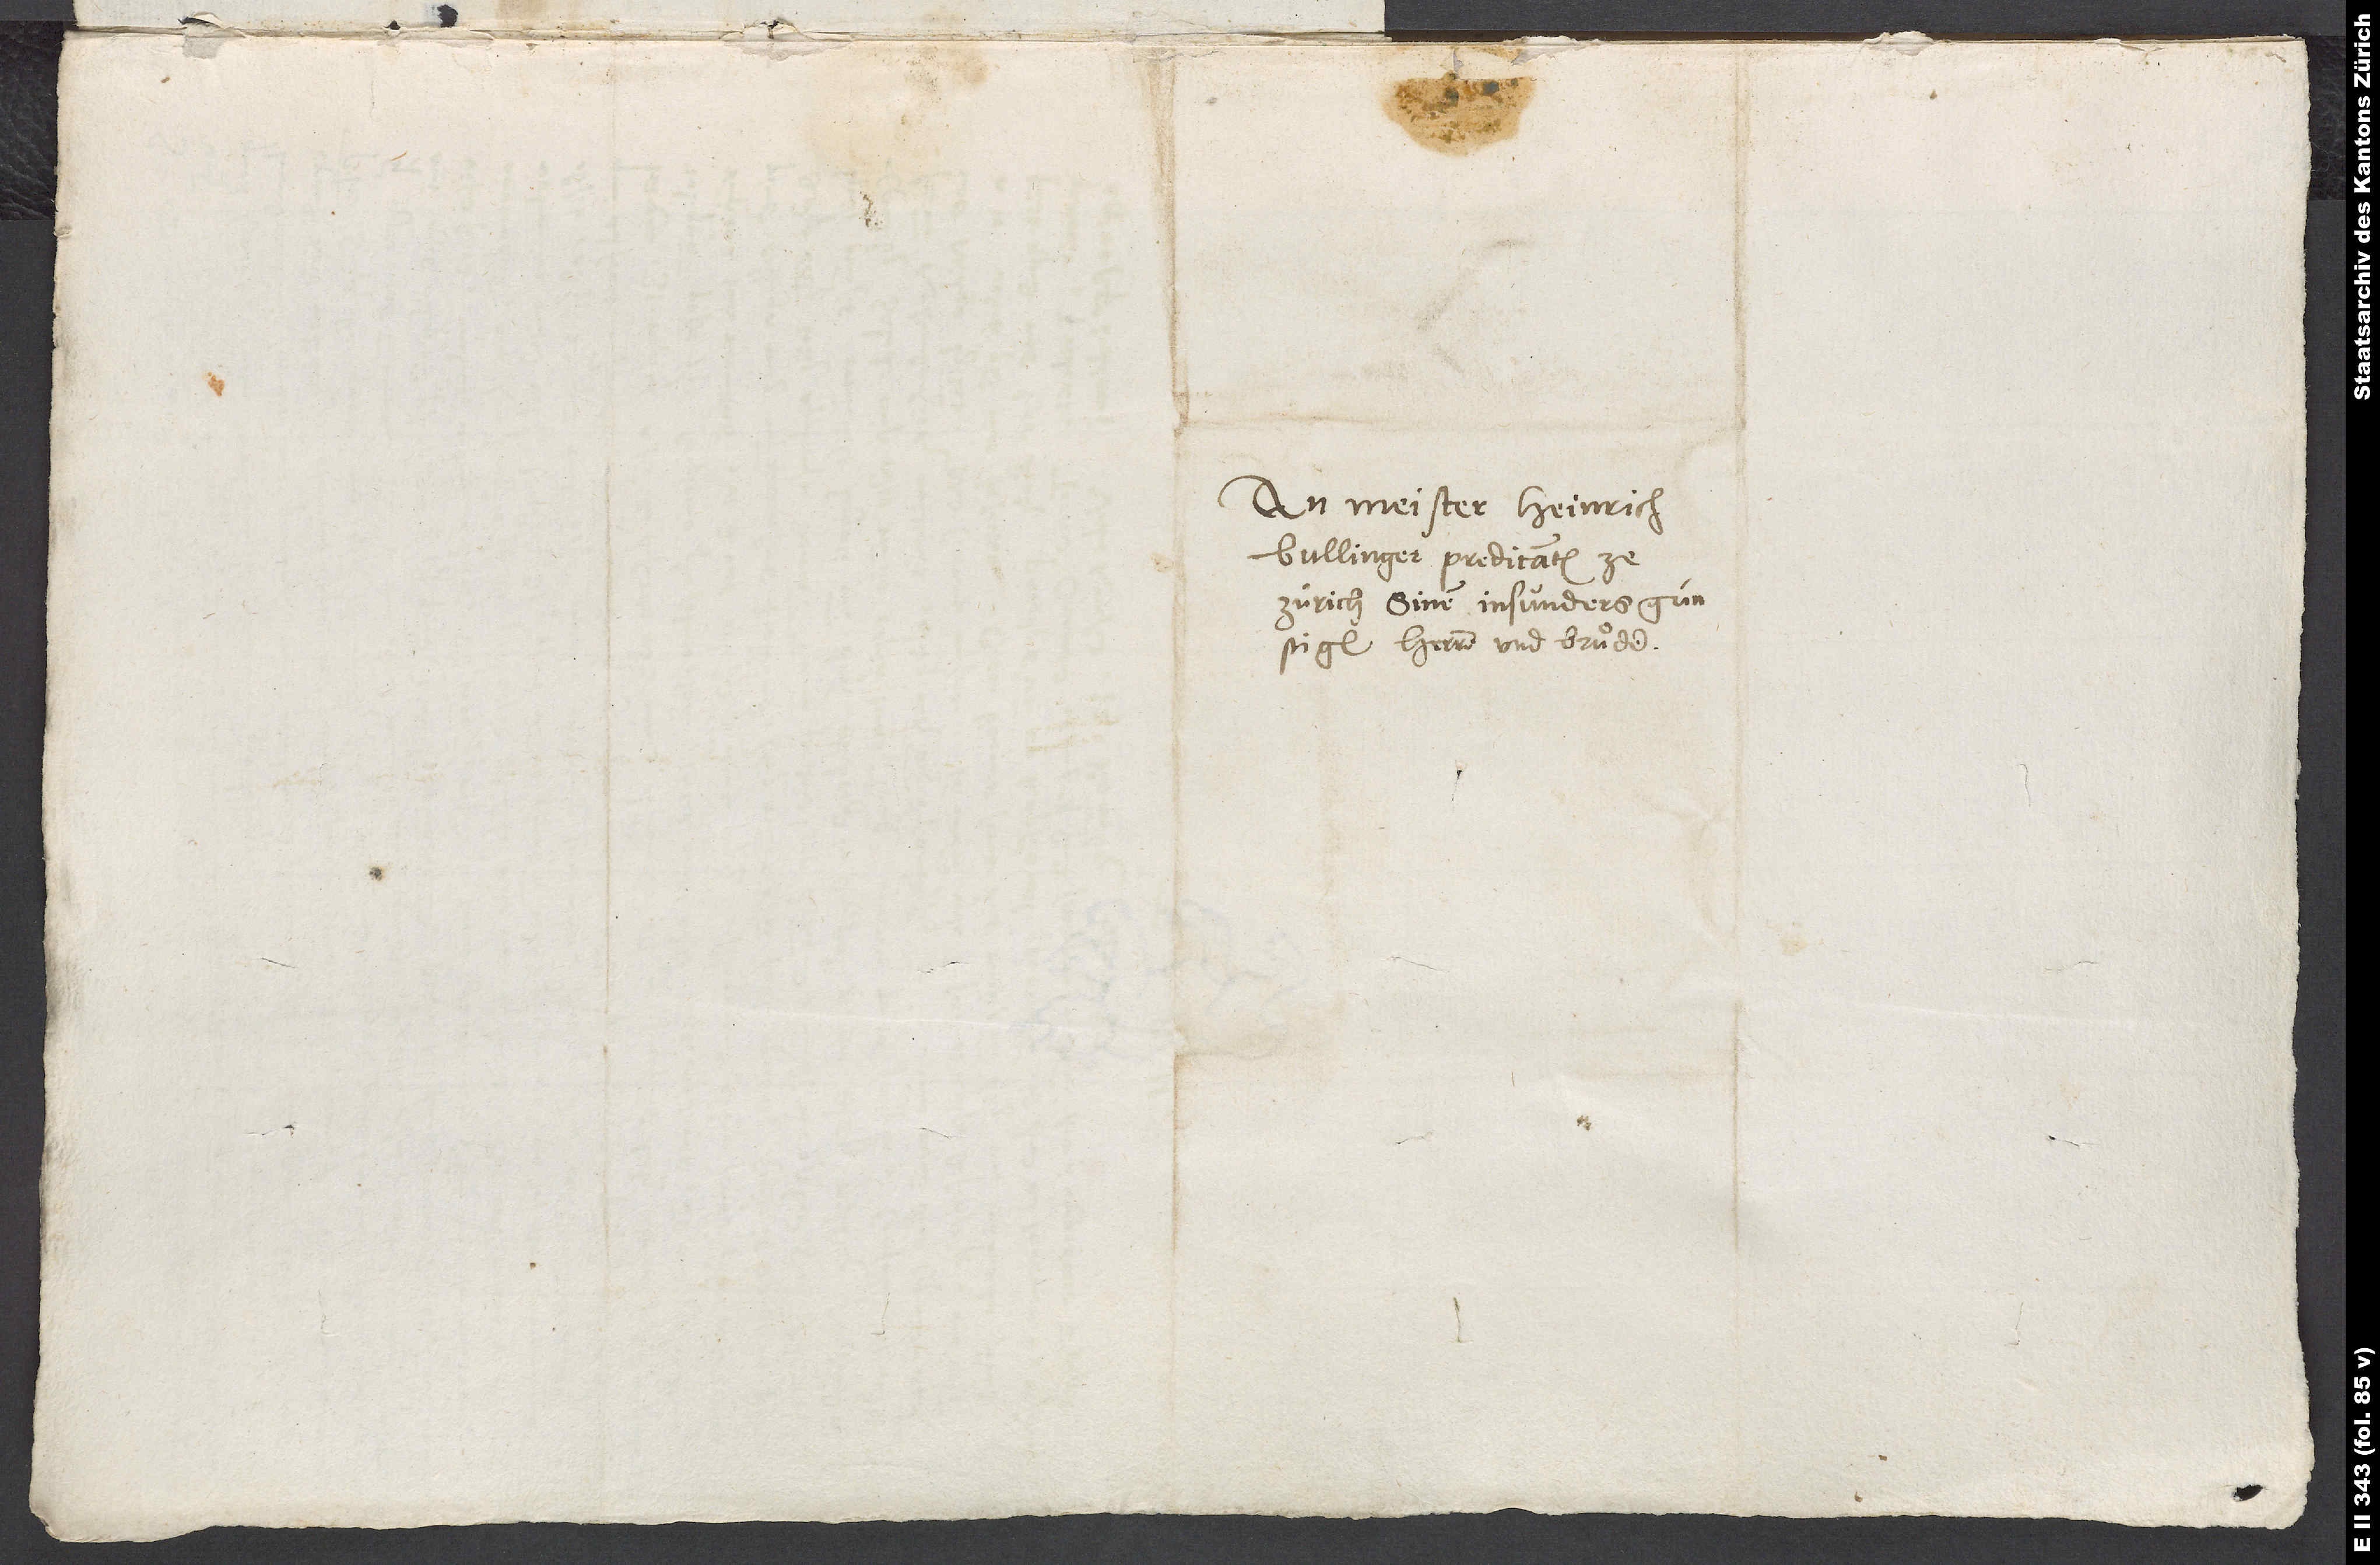
An Meister Heinrich
Bullinger, predicanten ze
Zürich, sinem insunders günstigen
herren und bruͦder.